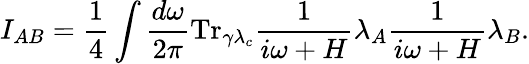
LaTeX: I_{AB}=\frac{1}{4}\int\frac{d\omega}{2\pi}\mathrm{Tr}_{\gamma\lambda_{c}}{\frac{1}{i\omega+H}\lambda_{A}\frac{1}{i\omega+H}\lambda_{B}}.